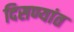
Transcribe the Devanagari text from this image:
दिसण्यांत